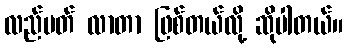
လည်ပတ် လာတာ ဖြစ်တယ်လို့ ဆိုပါတယ်။